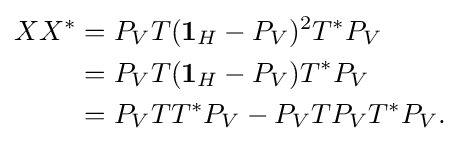
{\begin{aligned}XX^{*}&=P_{V}T({\boldsymbol {1}}_{H}-P_{V})^{2}T^{*}P_{V}\\&=P_{V}T({\boldsymbol {1}}_{H}-P_{V})T^{*}P_{V}\\&=P_{V}TT^{*}P_{V}-P_{V}TP_{V}T^{*}P_{V}.\end{aligned}}